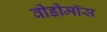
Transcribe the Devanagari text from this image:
वीडीमॉस